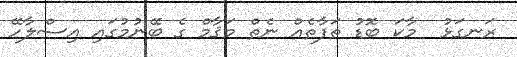
ރަނގަޅު  މާކަ ބޮޑު ތަފާތެއް ނެތް މަޤާމް ގެ ބޭނުމުގައި އިސްލާހޭ